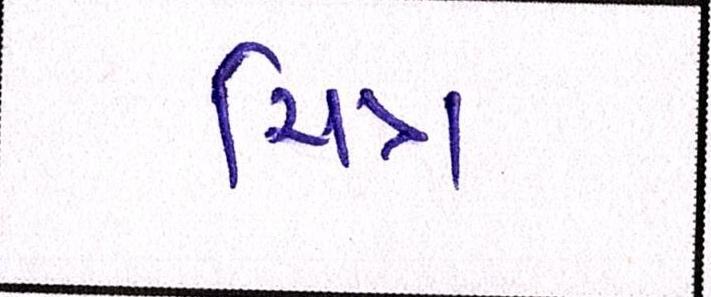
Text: ચિત્ર